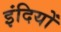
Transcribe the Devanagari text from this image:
इंदियों